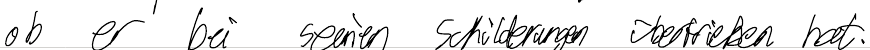
ob er bei seinen Schilderungen übertrieben hat.